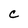
Character: C